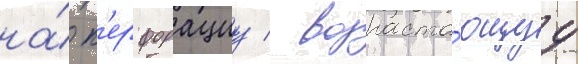
на́ п'ерфорациу / возраста́ющуу